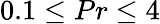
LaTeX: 0.1\leq Pr\leq 4